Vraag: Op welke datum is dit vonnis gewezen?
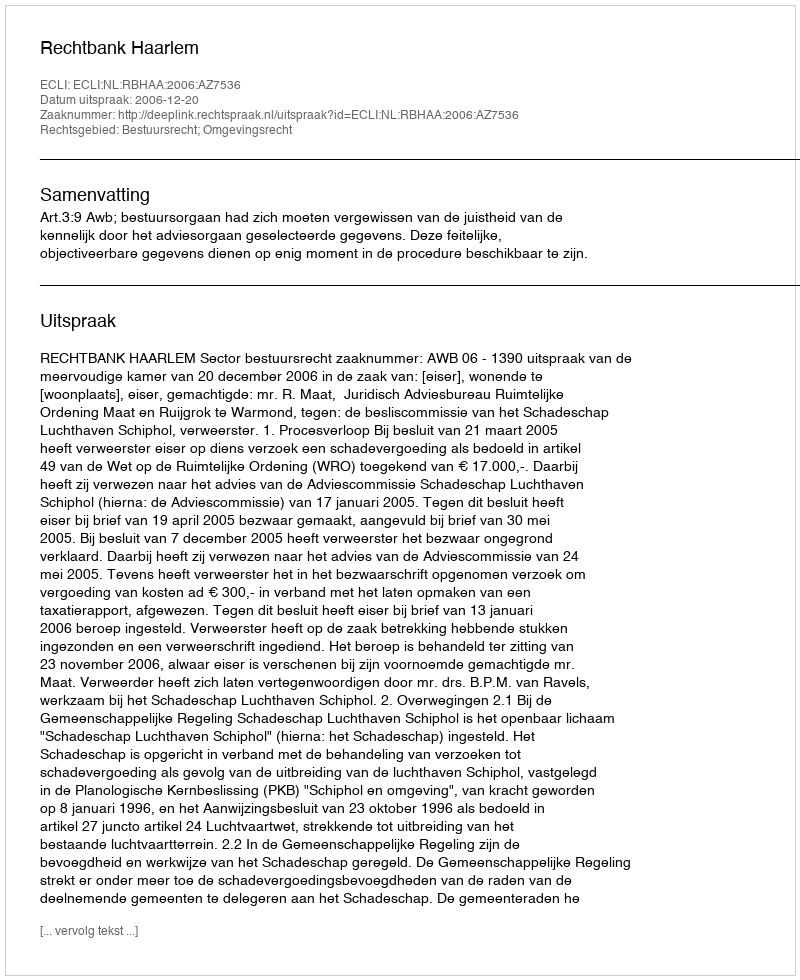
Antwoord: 2006-12-20